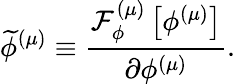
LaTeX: \widetilde{\phi}^{\left(\mu\right)}\equiv\frac{{\cal F}_{\phi}^{\left(\mu\right)}\left[\phi^{\left(\mu\right)}\right]}{\partial\phi^{\left(\mu\right)}}.